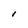
Character: l